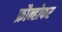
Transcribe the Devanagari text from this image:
फ्रौन्होफर